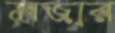
মজার